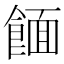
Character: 𫗖